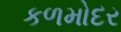
કળમોદર